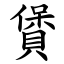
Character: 賲